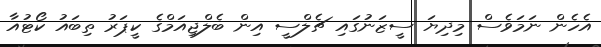
އެހެން ނަމަވެސް މިދިޔަ ސީޒަނުގައި ޗެލްސީ އިން ބެލްޖިއަމްގެ ކީޕަރު ތިބައު ކޯޓުއާ